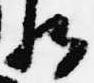
将